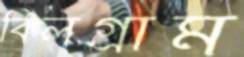
বিলগ্রাম